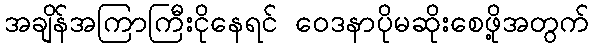
အချိန်အကြာကြီးငိုနေရင် ဝေဒနာပိုမဆိုးစေဖို့အတွက်